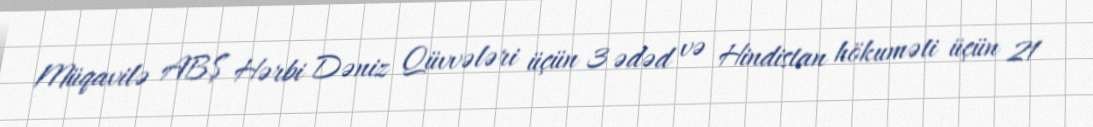
Müqavilə ABŞ Hərbi Dəniz Qüvvələri üçün 3 ədəd və Hindistan hökuməti üçün 21